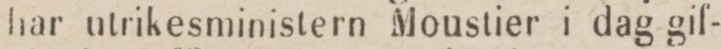
har utrikesministern Moustier i dag gif-